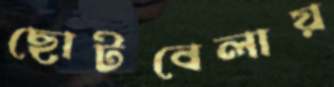
ছোটবেলায়